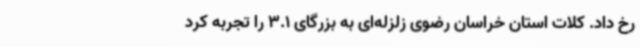
رخ داد. کلات استان خراسان رضوی زلزله‌ای به بزرگای 3.1 را تجربه کرد